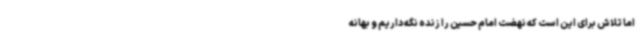
اما تلاش برای این است که نهضت امام حسین را زنده نگه داریم و بهانه